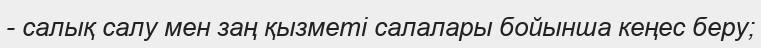
- салық салу мен заң қызметі салалары бойынша кеңес беру;